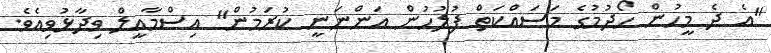
"އެ ދެ މީހުން ހޯދުމުގެ މަސައްކަތް ފުލުހުން އަންނަނީ ކުރަމުން" އިސްމާއީލް ވިދާޅުވިއެވެ.